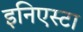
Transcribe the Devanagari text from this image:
इनिएस्टा